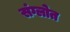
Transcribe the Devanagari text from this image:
संग्लोत